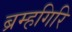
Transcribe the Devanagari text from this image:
ब्रम्हगिरि